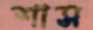
শাস